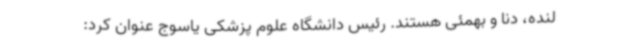
لنده، دنا و بهمئی هستند. رئیس دانشگاه علوم پزشکی یاسوج عنوان کرد: